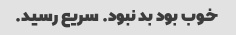
خوب بود بد نبود. سریع رسید.